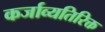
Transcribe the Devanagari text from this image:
कर्जाव्यतिरिक्त